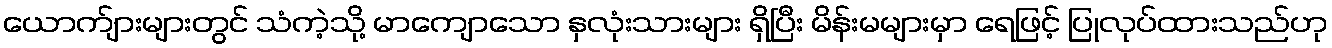
ယောက်ျားများတွင် သံကဲ့သို့ မာကျောသော နှလုံးသားများ ရှိပြီး မိန်းမများမှာ ရေဖြင့် ပြုလုပ်ထားသည်ဟု